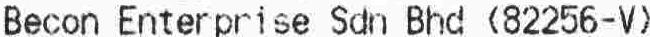
BECON ENTERPRISE SDN BHD (82256-V)